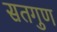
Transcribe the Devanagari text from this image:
सतगुण